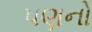
પણનો